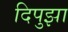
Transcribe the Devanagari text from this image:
दिपुझा